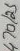
Text: 470/25